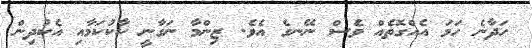
ހަދާނެ ހަމަ އެއްގޮތެއް ވެސް ނޭނގެ އެވެ. ޒިންމާ ނަގާނީ ކާކުކަމާއި އެކުދިން